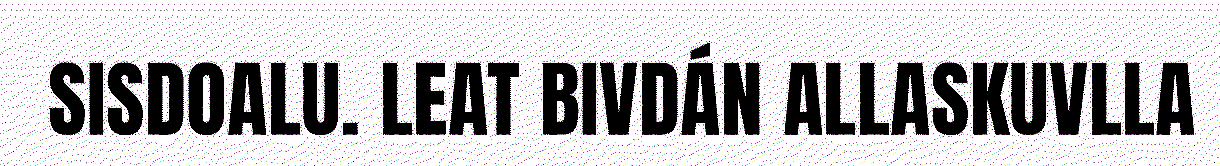
SISDOALU. LEAT BIVDÁN ALLASKUVLLA